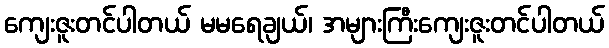
ကျေးဇူးတင်ပါတယ် မမရေချယ်၊ အများကြီးကျေးဇူးတင်ပါတယ်